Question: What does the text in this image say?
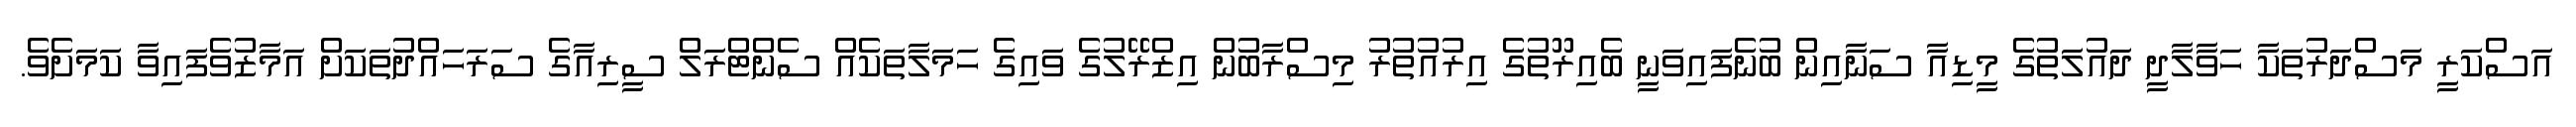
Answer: އަސްކަރީ މަސްދަރުތަކާ ހަވާލާދީ ދައުލަތުގެ މީޑިއާ ސަނާއިން ބުނެފައިވަނީ ބެއިރޫތުގެ އިރުއުތުރު މިސްރާބުން އިޒްރޭލުގެ ވައިގެ ހަމަލާތަކެއް ސެންޓްރަލް ސީރިއާގެ ސަރަހައްދުތަކަށް އަމާޒުވެފައިވާ ކަމަށެވެ.